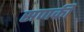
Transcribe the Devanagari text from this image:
सणकी